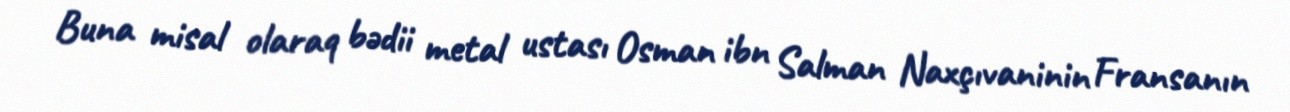
Buna misal olaraq bədii metal ustası Osman ibn Salman Naxçıvaninin Fransanın